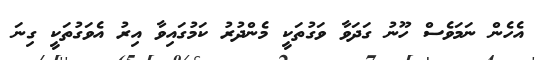
އެހެން ނަމަވެސް ހޫނު ގަދަވާ ވަގުތަކީ މެންދުރު ކަމުގައިވާ އިރު އެވަގުތަކީ ގިނަ